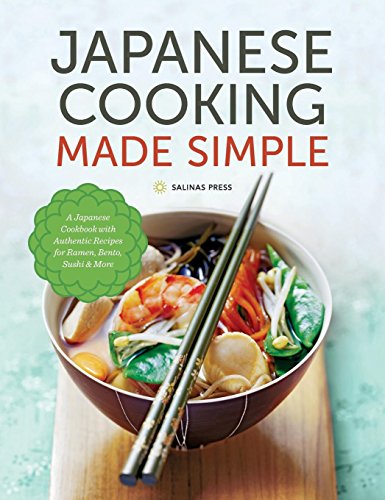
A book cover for Japanese Cooking Made Simple: A Japanese Cookbook with Authentic Recipes for Ramen, Bento, Sushi & More; Salinas Press; Cookbooks, Food & Wine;